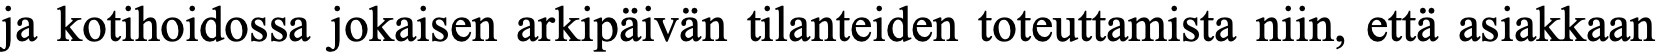
ja kotihoidossa jokaisen arkipäivän tilanteiden toteuttamista niin, että asiakkaan